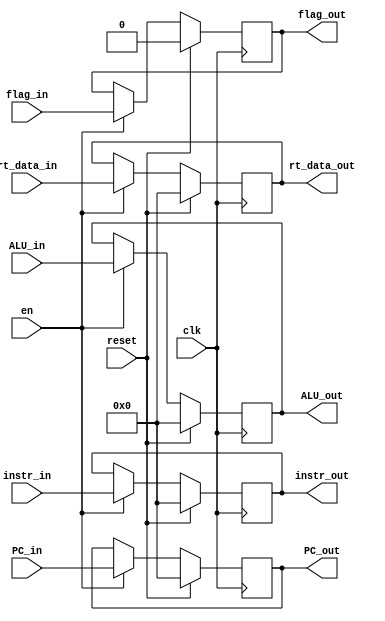
module M_REG (
    input clk,
    input reset,
    input en,
    
    input [31:0] instr_in,
    input [31:0] PC_in,
    input [31:0] rt_data_in,
    input [31:0] ALU_in,
    input flag_in,

    output reg [31:0] instr_out,
    output reg [31:0] PC_out,
    output reg [31:0] rt_data_out,
    output reg [31:0] ALU_out,
    output reg flag_out
);
    always @(posedge clk) begin
        if(reset) begin
            instr_out <= 0;
            PC_out <= 0;
            rt_data_out <= 0;
            ALU_out <= 0;
            flag_out <= 0;
        end 
        else if(en) begin
            instr_out <= instr_in;
            PC_out <= PC_in;
            rt_data_out <= rt_data_in;
            ALU_out <= ALU_in;
            flag_out <= flag_in;
        end
        else begin
            instr_out <= instr_out;
            PC_out <= PC_out;
            rt_data_out <= rt_data_out;
            ALU_out <= ALU_out;
            flag_out <= flag_out;
        end
    end
    
endmodule